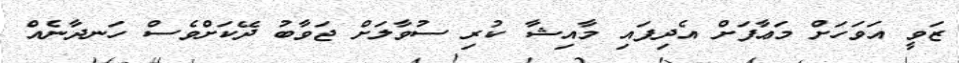
ޒަވީ އަވަހަށް މަޢާފަށް އެދިފައި މާއިޝާ ކުރި ސުވާލަށް ޖަވާބު ދޭކަށްވެސް ހަނދާނެއް